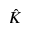
\hat { K }